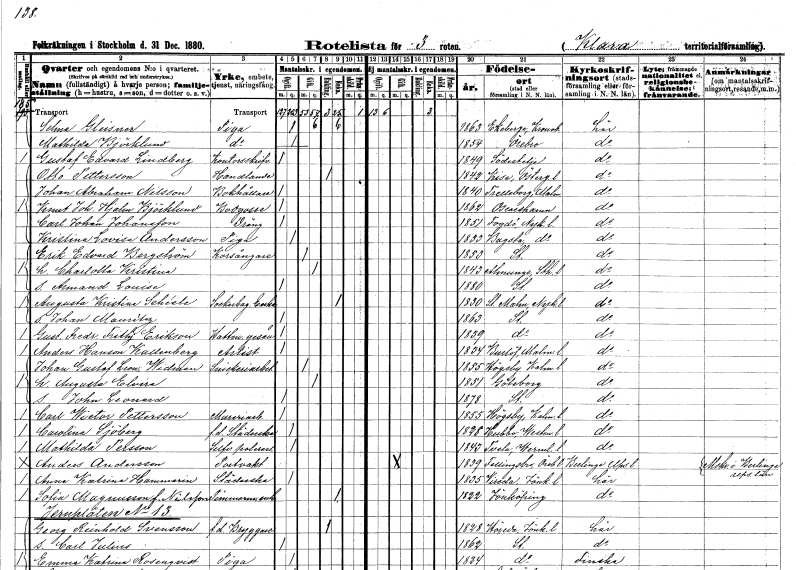
gt_parse: households: individuals: FN: Selma
EN: Gleisner
YRKE: Piga
KON: K
CIV: O
FODAR: 1863
FODFORS: Ekeberga Kronobergs län
FN: Mathilda
EN: Björklund
YRKE: Piga
KON: K
CIV: O
FODAR: 1854
FODFORS: Örebro Nikolai Örebro län
FN: Gustaf Edvard
EN: Lindberg
YRKE: Kontorsskrivare
KON: M
CIV: O
FODAR: 1849
FODFORS: Södertälje Stockholms län
FN: Otto
EN: Pettersson
YRKE: Handlande
KON: M
CIV: E
FODAR: 1842
FODFORS: Kisa Östergötlands län
FN: Johan Abraham
EN: Nilsson
YRKE: Bokhållare
KON: M
CIV: O
FODAR: 1840
FODFORS: Trelleborg Malmöhus län
FN: Knut Johan Hjalmar
EN: Björklund
YRKE: Bodgosse
KON: M
CIV: O
FODAR: 1862
FODFORS: Oskarshamn Kalmar län
FN: Carl Johan
EN: Johansson
YRKE: Dräng
KON: M
CIV: O
FODAR: 1851
FODFORS: Fogdö Södermanlands län
FN: Kristina Lovisa
EN: Andersson
YRKE: Piga
KON: K
CIV: O
FODAR: 1833
FODFORS: Bogsta Södermanlands län
FN: Erik Edvard
EN: Bergström
YRKE: Korsångare
KON: M
CIV: G
FODAR: 1853
FODFORS: Stockholm
FN: Charlotta Kristina
KON: K
CIV: G
FODAR: 1843
FODFORS: Almunge Uppsala län
FN: Armand Louise
KON: M
CIV: O
FODAR: 1880
FODFORS: Stockholm
FN: Augusta Kristina
EN: Schéele
YRKE: Sockerbagareänka
KON: K
CIV: E
FODAR: 1830
FODFORS: Stora Malm Södermanlands län
FN: Johan Mauritz
KON: M
CIV: O
FODAR: 1863
FODFORS: Stockholm
FN: Gustaf Fredrik Fritz
EN: Erikson
YRKE: Hattmakaregesäll
KON: M
CIV: O
FODAR: 1839
FODFORS: Stockholm
FN: Anders
EN: Hanson Kallenberg
YRKE: Artist
KON: M
CIV: O
FODAR: 1834
FODFORS: Burlöv Malmöhus län
FN: Johan Gustaf Leonard
EN: Widman
YRKE: Snickeriarbetare
KON: M
CIV: G
FODAR: 1855
FODFORS: Högsby Kalmar län
FN: Augusta Elvira
KON: K
CIV: G
FODAR: 1851
FODFORS: Göteborg Göteborgs- och Bohuslän
FN: John Leonard
KON: M
CIV: O
FODAR: 1878
FODFORS: Stockholm
FN: Carl Wictor
EN: Pettersson
YRKE: Mureriarbetare
KON: M
CIV: O
FODAR: 1855
FODFORS: Högsby Kalmar län
FN: Carolina
EN: Sjöberg
YRKE: Städerska f.d.
KON: K
CIV: O
FODAR: 1828
FODFORS: Hubbo Västmanlands län
FN: Mathilda
EN: Persson
YRKE: Silverpolererska
KON: K
CIV: O
FODAR: 1843
FODFORS: Tveta Värmlands län
FN: Anders
EN: Andersson
YRKE: Portvakt
KON: M
CIV: G
FODAR: 1839
FODFORS: Fellingsbro Örebro län
FN: Anna Katrina
EN: Hammerin
YRKE: Städerska
KON: K
CIV: O
FODAR: 1835
FODFORS: Vireda Jönköpings län
FN: Sofia
EN: Magnusson Nilsson
YRKE: Timmermansänka
KON: K
CIV: E
FODAR: 1822
FODFORS: Jönköping Jönköpings län
FN: Georg Reinhold
EN: Svensson
YRKE: Bryggare f.d.
KON: M
CIV: E
FODAR: 1828
FODFORS: Höreda Jönköpings län
FN: Carl Julius
KON: M
CIV: O
FODAR: 1862
FODFORS: Stockholm
FN: Emma Katrina
EN: Rosenqvist
YRKE: Piga
KON: K
CIV: O
FODAR: 1824
FODFORS: Stockholm